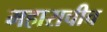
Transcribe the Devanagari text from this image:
महाराचीच